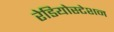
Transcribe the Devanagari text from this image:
रेडियोस्टेशन